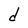
Character: d